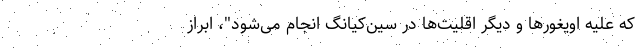
که علیه اویغورها و دیگر اقلیت‌ها در سین‌کیانگ انجام می‌شود"، ابراز